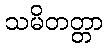
သမိတတ္တာ